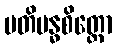
ပတိဗန္ဓစိတ္တော